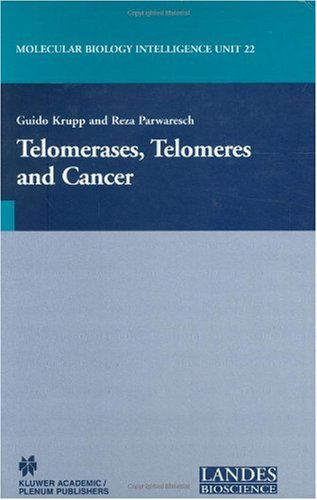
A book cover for Telomerases, Telomeres and Cancer (Molecular Biology Intelligence Unit); Medical Books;